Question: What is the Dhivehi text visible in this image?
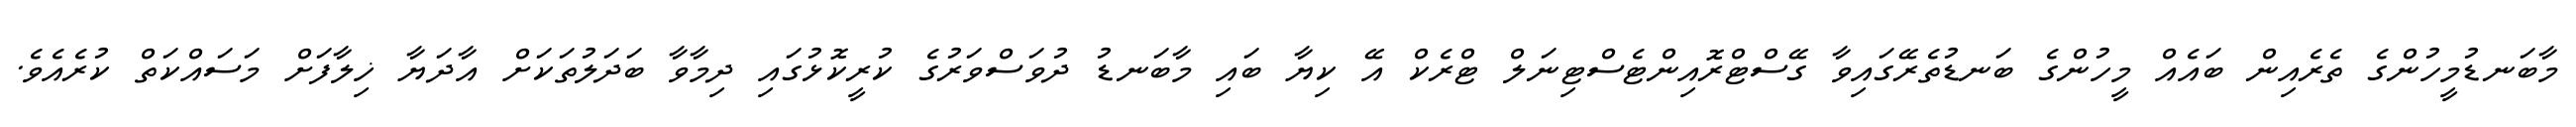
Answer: މާބަނޑުމީހުންގެ ތެރެއިން ބައެއް މީހުންގެ ބަނޑުތެރޭގައިވާ ގޭސްޓްރޮއިންޓެސްޓިނަލް ޓްރެކް އޭ ކިޔާ ބައި މާބަނޑު ދުވަސްވަރުގެ ކުރީކޮޅުގައި ދިމާވާ ބަދަލުތަކަށް އާދަޔާ ޚިލާފަށް މަސައްކަތް ކުރެއެވެ.